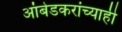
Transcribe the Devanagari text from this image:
आंबेडकरांच्याही